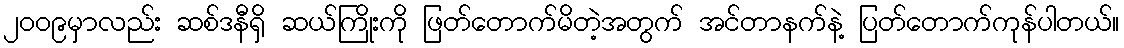
၂၀၀၉မှာလည်း ဆစ်ဒနီရှိ ဆယ်ကြိုးကို ဖြတ်တောက်မိတဲ့အတွက် အင်တာနက်နဲ့ ပြတ်တောက်ကုန်ပါတယ်။